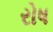
રોષ